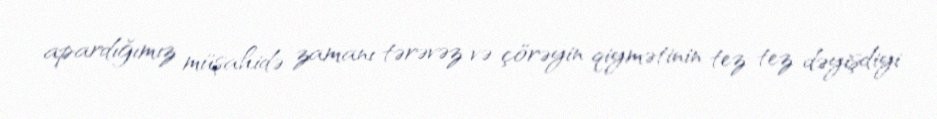
apardığımız müşahidə zamanı tərəvəz və çörəyin qiymətinin tez-tez dəyişdiyi